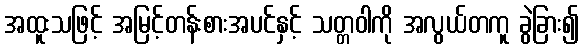
အထူးသဖြင့် အမြင့်တန်းစားအပင်နှင့် သတ္တဝါကို အလွယ်တကူ ခွဲခြား၍